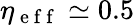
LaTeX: \eta_{\mathrm{~e~f~f~}}\simeq 0.5